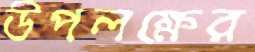
উপলক্ষের